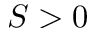
S > 0